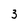
Character: 3